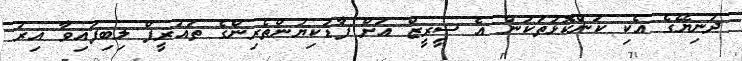
ދުނިޔޭގެ އެކި ކަންކޮޅުތަކުން އެ ސީރީޒް އަށް ފާޑުކިޔުންތެރިންގެ ތައުރީފް ލިބިފައިވާ އިރު